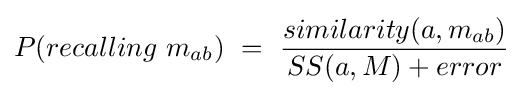
P(recalling~m_{ab})~=~{\frac {similarity(a,m_{ab})}{SS(a,M)+error}}